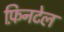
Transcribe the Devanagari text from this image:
फ़िनटेल